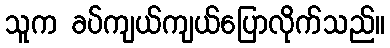
သူက ခပ်ကျယ်ကျယ်ပြောလိုက်သည်။